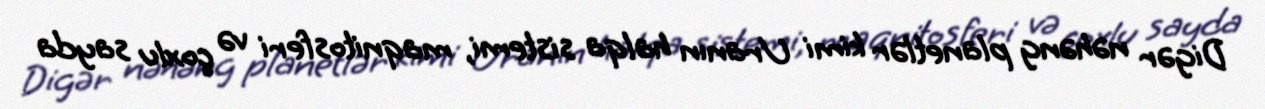
Digər nəhəng planetlər kimi Uranın halqa sistemi, maqnitosferi və çoxlu sayda